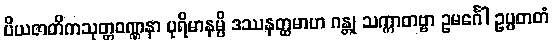
ပိယဇာတိကသုတ္တဝဏ္ဏနာ ပုရိမာနမ္ပိ ဒဿနတ္ထမာဟ ဂန္တု သက္ကာတဗ္ဗာ ဥမင်္ဂေါ ဥပ္ပတတံ